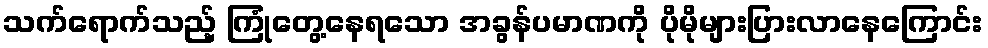
သက်ရောက်သည့် ကြုံတွေ့နေရသော အခွန်ပမာဏကို ပိုမိုများပြားလာနေကြောင်း